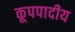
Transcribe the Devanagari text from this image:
कूपपादीय